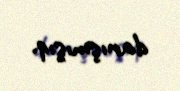
danışmışıq.